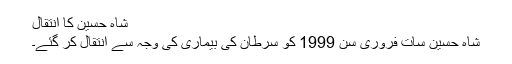
شاہ حسین کا انتقال
شاہ حسین سات فروری سن 1999 کو سرطان کی بیماری کی وجہ سے انتقال کر گئے۔